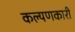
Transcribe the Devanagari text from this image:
कल्यणकारी